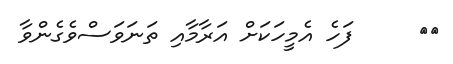
٨٩     ފަހެ އެމީހަކަށް އަރާމާއި ތަނަވަސްވެގެންވާ